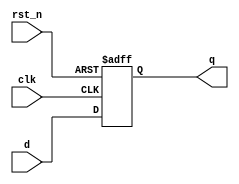
module flipr #(parameter WIDTH = 8)(
			input  clk, rst_n,
			input  [WIDTH-1:0] d,
			output reg [WIDTH-1:0] q);

			always @(posedge clk, negedge rst_n) begin 
				if (!rst_n) 
					q <= 0;
				else
					q <= d;
			end 

endmodule